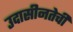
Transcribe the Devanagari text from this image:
उदासीनतेची